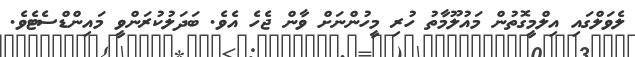
ލެވަލްގައި އިލްމީގޮތުން މައުލޫމާތު ހުރި މީހުންނަށް ވާން ޖެހެ އެވެ. ބަދަލުކުރަންވީ މައިންޑްސެޓެވެ.